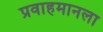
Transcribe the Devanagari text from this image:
प्रवाहमानला